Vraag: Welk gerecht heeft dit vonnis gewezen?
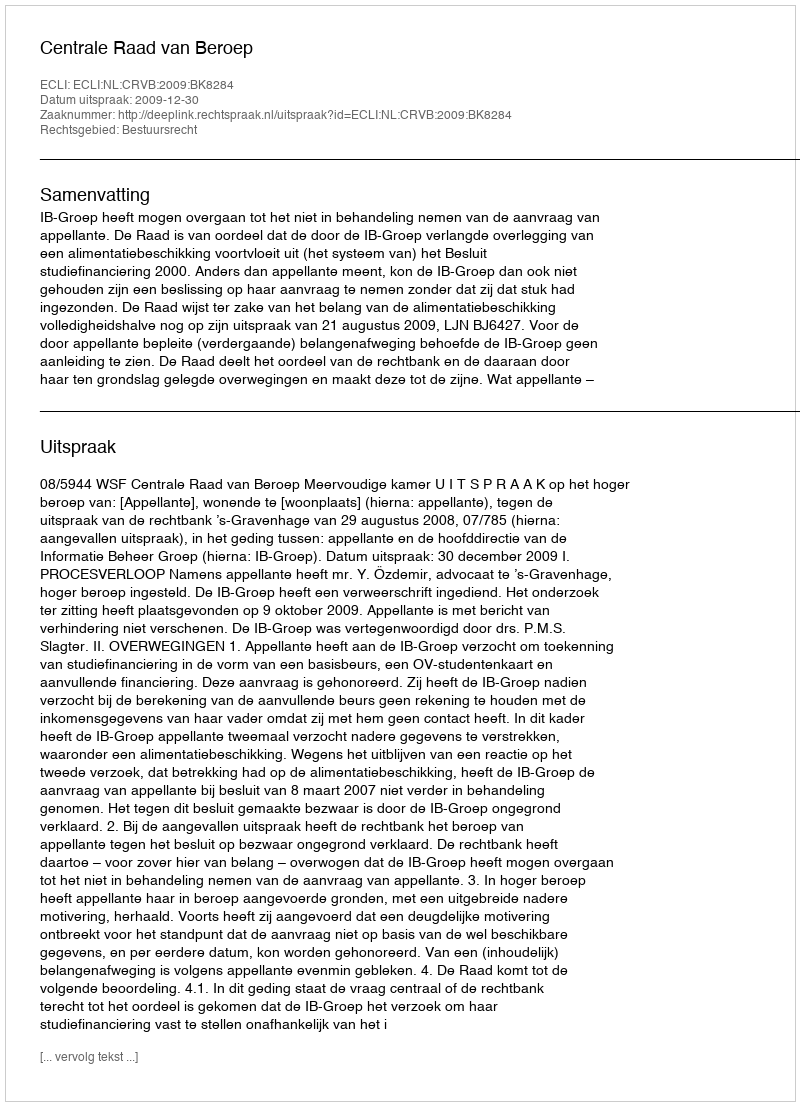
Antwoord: Centrale Raad van Beroep